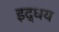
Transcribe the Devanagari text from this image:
इद्धय